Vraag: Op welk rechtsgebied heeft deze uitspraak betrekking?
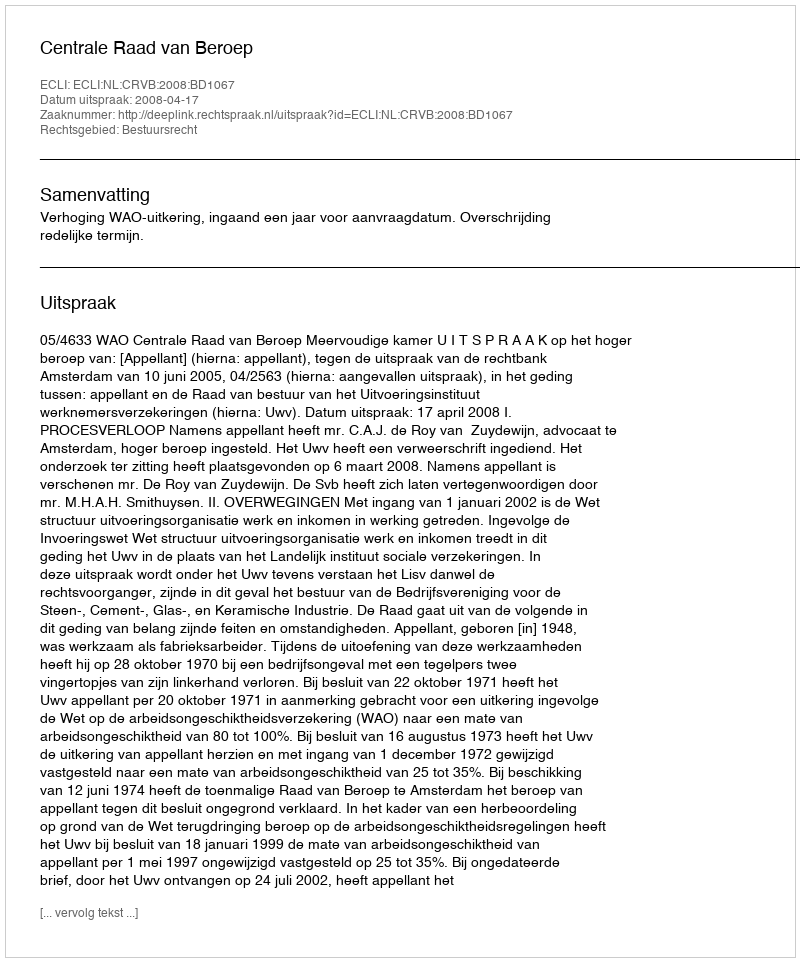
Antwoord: Bestuursrecht